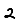
Digit: 2